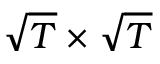
\sqrt { T } \times \sqrt { T }